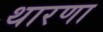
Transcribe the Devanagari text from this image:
थारणा